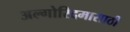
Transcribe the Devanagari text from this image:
अल्गोरिदमासाठी